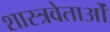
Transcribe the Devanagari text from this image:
शास्त्रवेताओं